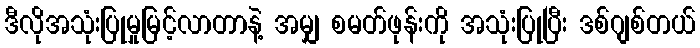
ဒီလိုအသုံးပြုမှုမြင့်လာတာနဲ့ အမျှ စမတ်ဖုန်းကို အသုံးပြုပြီး ဒစ်ဂျစ်တယ်